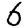
Digit: 6